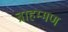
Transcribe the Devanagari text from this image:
ब्राहम्मण